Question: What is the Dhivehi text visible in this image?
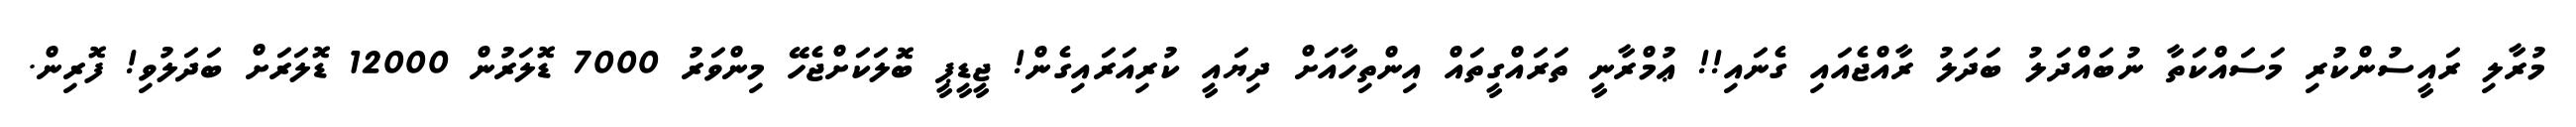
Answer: މުރާލި ރައީސުންކުރި މަސައްކަތާ ނުބައްދަލު ބަދަލު ރާއްޖެއައި ގެނައި!! ޢުމްރާނީ ތަރައްގީތައް އިންތިހާއަށް ދިޔައީ ކުރިއަރައިގެން! ޖީޑީޕީ ބޮލަކަށްޖެހޭ މިންވަރު 7000 ޑޮލަރުން 12000 ޑޮލަރަށް ބަދަލުވި! ފޮރިން.